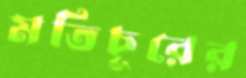
মতিচূরের